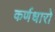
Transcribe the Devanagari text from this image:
कर्णधारो